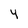
Character: 4